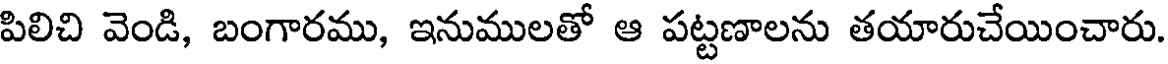
పిలిచి వెండి, బంగారము, ఇనుములతో ఆ పట్టణాలను తయారుచేయించారు